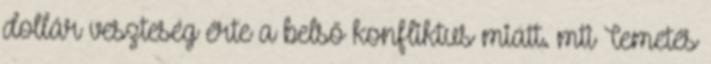
dollár veszteség érte a belső konfliktus miatt. mti Temetés